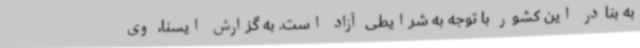
به بنادر این کشور با توجه به شرایطی آزاد است. به گزارش ایسنا، وی